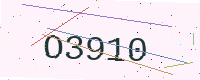
Text: O3910